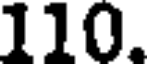
110.